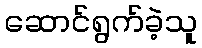
ဆောင်ရွက်ခဲ့သူ